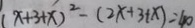
( x + 3 + x ) ^ { 2 } - ( 2 x + 3 + x ) = 4 0